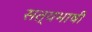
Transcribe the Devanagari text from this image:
सत्यभाषी